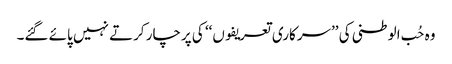
وہ حُب الوطنی کی ’’سرکاری تعریفوں‘‘ کی پرچار کرتے نہیں پائے گئے۔